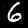
Label: 6